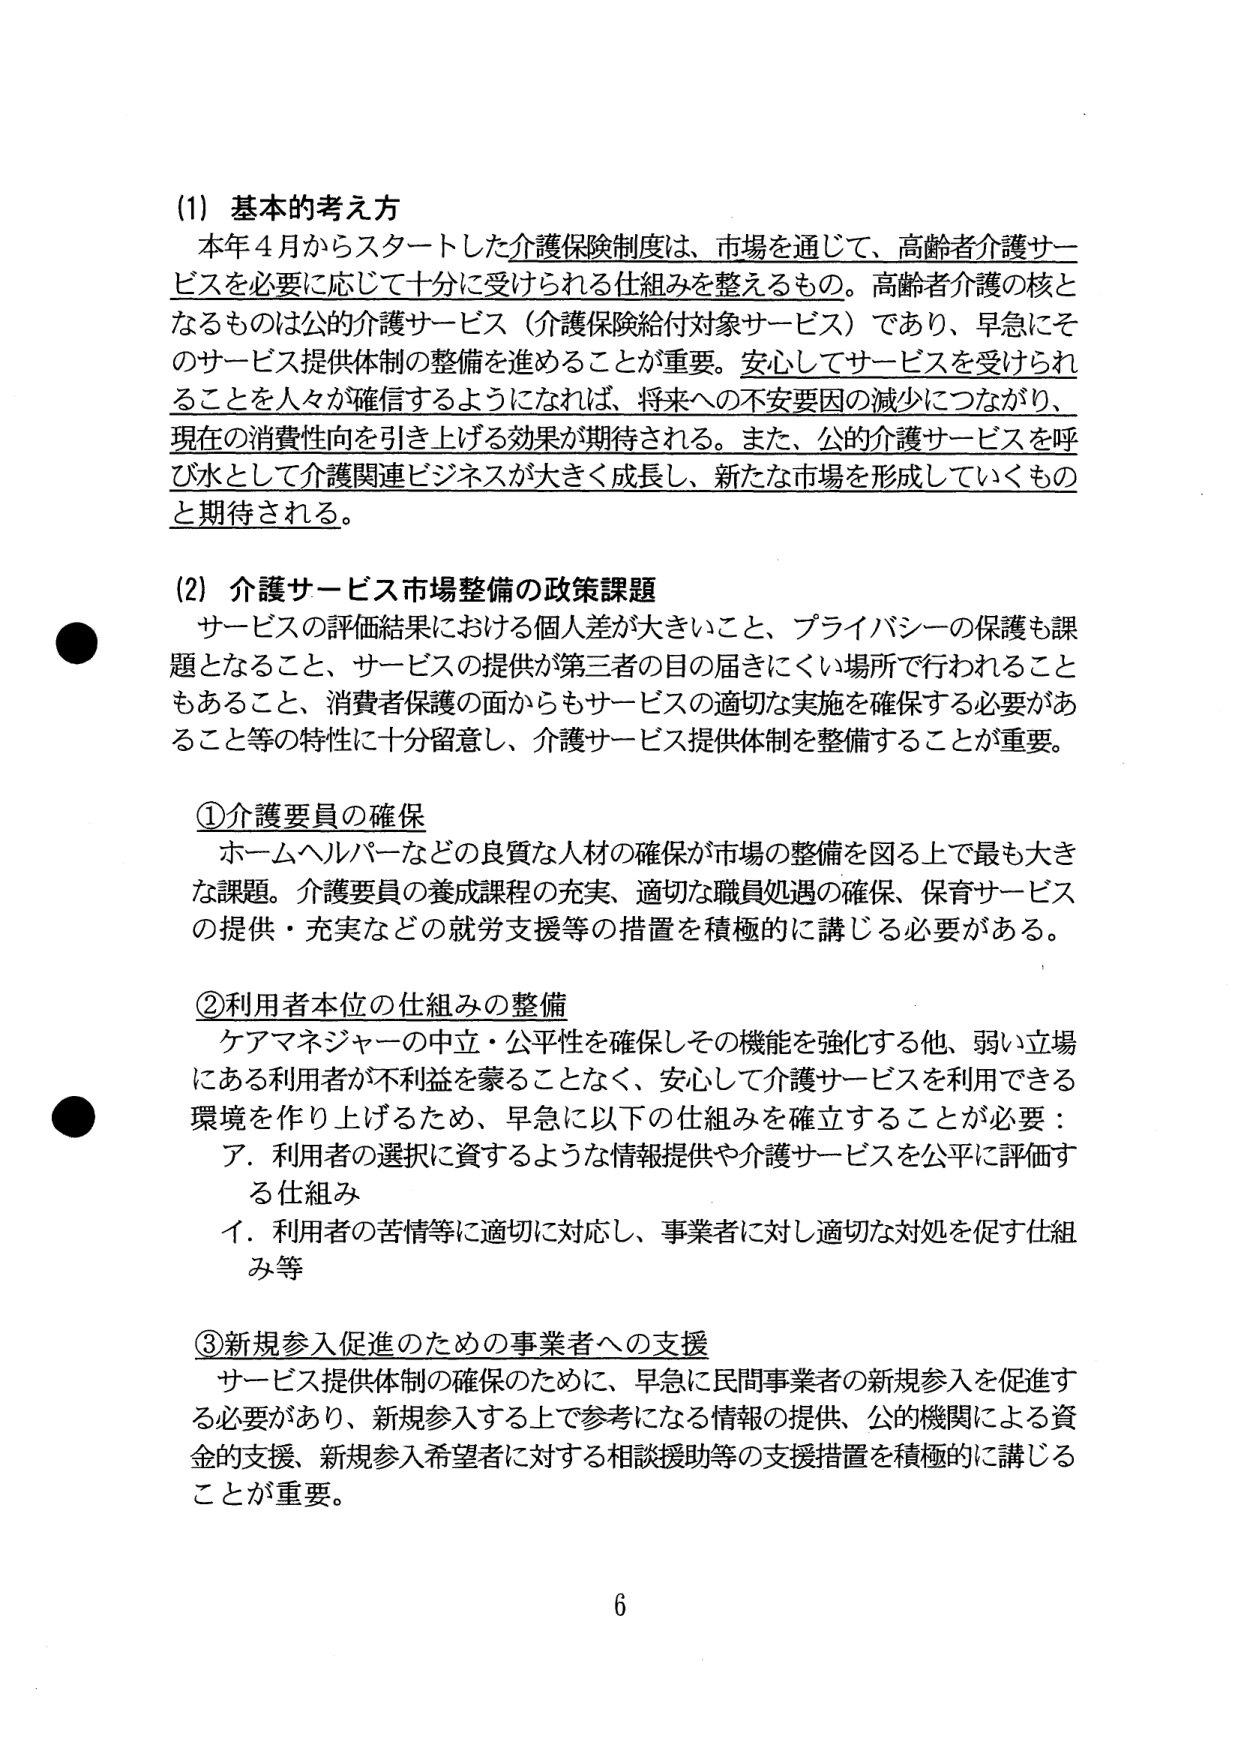
(1) 基本的考え方
本年4月からスタートした介護保険制度は、市場を通じて、高齢者介護サービスを必要に応じて十分に受けられる仕組みを整えるもの。高齢者介護の核となるものは公的介護サービス（介護保険給付対象サービス）であり、早急にそのサービス提供体制の整備を進めることが重要。安心してサービスを受けられることを人々が確信するようになれば、将来への不安要因の減少につながり、現在の消費性向を引き上げる効果が期待される。また、公的介護サービスを呼び水として介護関連ビジネスが大きく成長し、新たな市場を形成していくものと期待される。

(2) 介護サービス市場整備の政策課題
サービスの評価結果における個人差が大きいこと、プライバシーの保護も課題となること、サービスの提供が第三者の目の届きにくい場所で行われることもあること、消費者保護の面からもサービスの適切な実施を確保する必要があること等の特性に十分留意し、介護サービス提供体制を整備することが重要。

①介護要員の確保
ホームヘルパーなどの良質な人材の確保が市場の整備を図る上で最も大きな課題。介護要員の養成課程の充実、適切な職員処遇の確保、保育サービスの提供・充実などの就労支援等の措置を積極的に講じる必要がある。

②利用者本位の仕組みの整備
ケアマネジャーの中立・公平性を確保しその機能を強化する他、弱い立場にある利用者が不利益を蒙ることなく、安心して介護サービスを利用できる環境を作り上げるため、早急に以下の仕組みを確立することが必要：
ア．利用者の選択に資するような情報提供や介護サービスを公平に評価する仕組み
イ．利用者の苦情等に適切に対応し、事業者に対し適切な対処を促す仕組み等

③新規参入促進のための事業者への支援
サービス提供体制の確保のために、早急に民間事業者の新規参入を促進する必要があり、新規参入する上で参考になる情報の提供、公的機関による資金の支援、新規参入希望者に対する相談援助等の支援措置を積極的に講じることが重要。

6